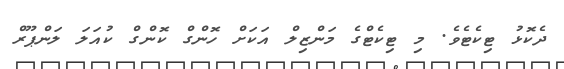
ދެކޮޅު ޓިކެޓެވެ. މި ޓިކެޓްގެ މަންޒިލް އަކަށް ހޮންގް ކޮންގް ކުއަލަ ލަންޕޫރް